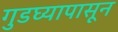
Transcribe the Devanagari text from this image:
गुडघ्यापासून